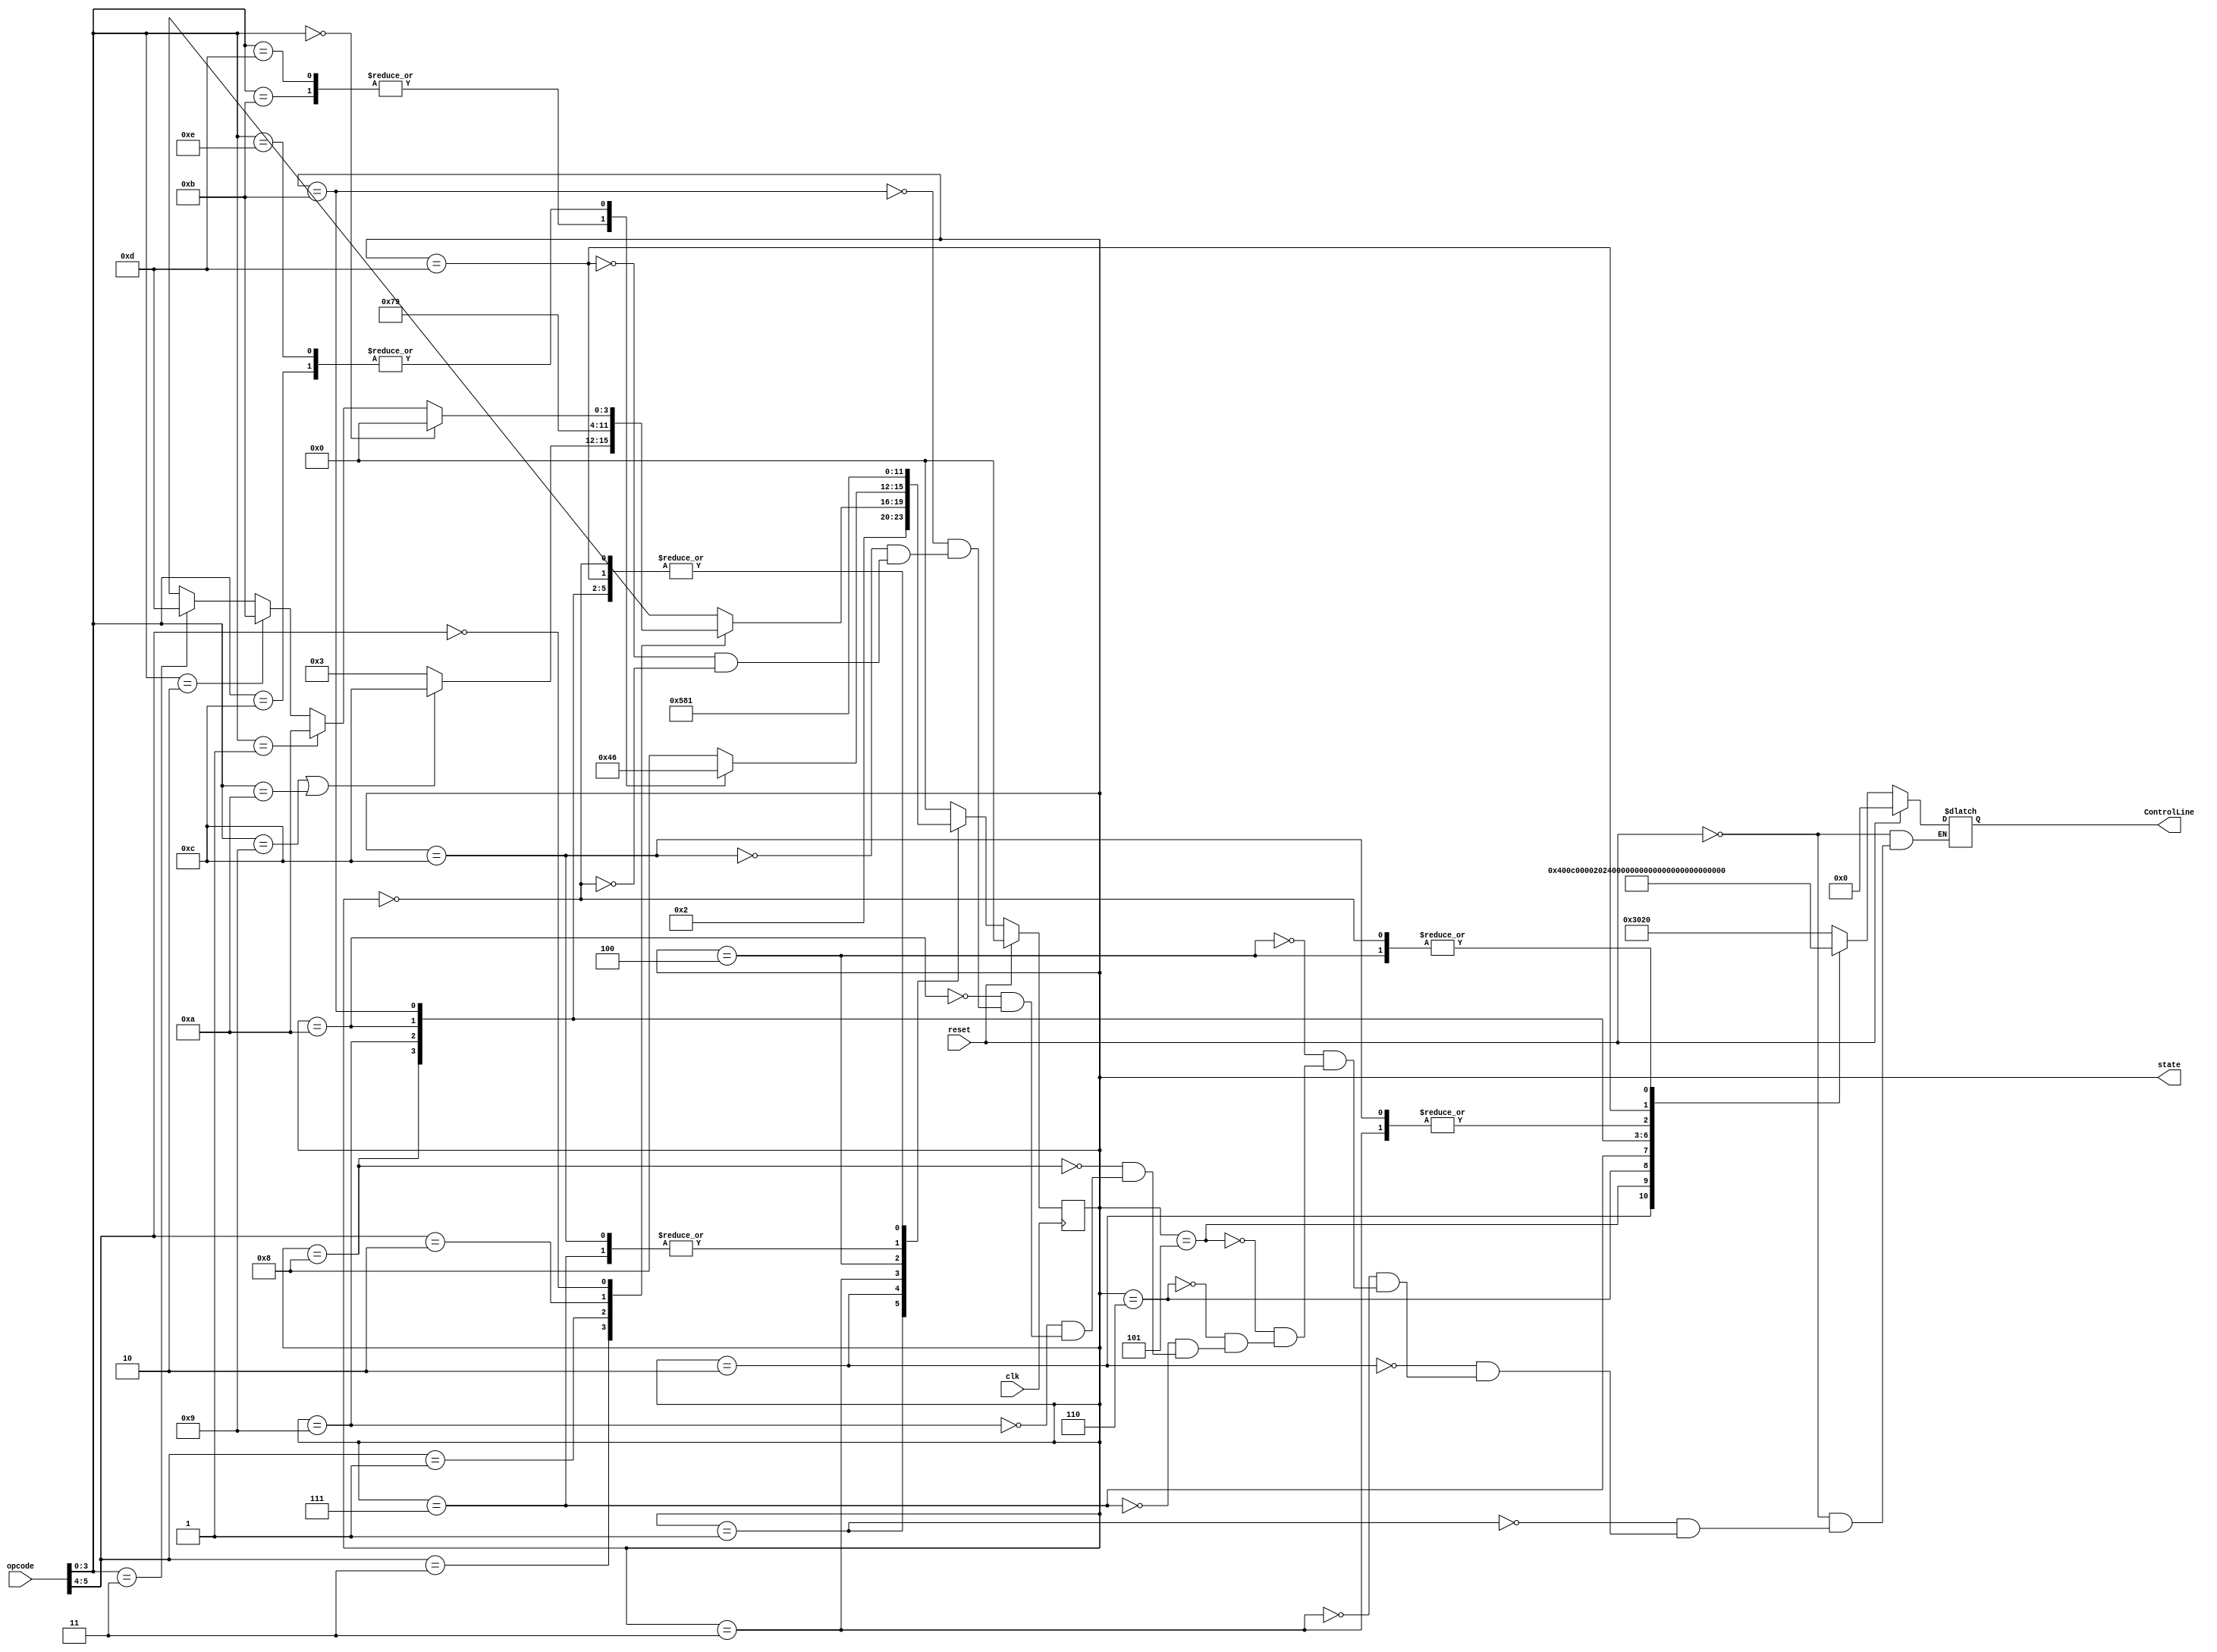
`timescale 1ns / 1ps
//////////////////////////////////////////////////////////////////////////////////
// Company: 
// Engineer: 
// 
// Design Name: 
// Module Name:    Controller 
// Project Name: 
// Target Devices: 
// Tool versions: 
// Description: 
//
// Dependencies: 
//
// Revision: 
// Revision 0.01 - File Created
// Additional Comments: 
//
//////////////////////////////////////////////////////////////////////////////////
module Controller( ControlLine,state, opcode, reset, clk);
parameter S_IDLE	=	4'b0000;
// Parameters to decribe 11 states
parameter S_1  = 		4'b0001;		// instruction fetch 
parameter S_2  = 		4'b0010;		// instruction decode
parameter S_3 	=		4'b0011;	   // memory addr. computation or Immediate calculation
parameter S_4 	= 		4'b0100;		// memory access read
parameter S_5  = 		4'b0101;		// memory read complete write back to reg
parameter S_6	= 		4'b0110;		// memory access write
parameter S_7  = 		4'b0111;		// execution
parameter S_8  = 		4'b1000;		// R-type or I-type instruction calculation complete
parameter S_9	=		4'b1001;		// branch complete
parameter S_10	=		4'b1010;		// jump complete
parameter S_11	=		4'b1011;		// jump and link complete
parameter S_12	=		4'b1100;		// LI/LUI instruction
parameter S_13 = 		4'b1101;		// Jump register


// Parameters to decribe input bit patterns
parameter I_I	=		2'b11;		// I-type opcode
parameter I_R  = 		2'b01;  	 	// R-type opcode
parameter I_B	=		2'b10; 		// BEQ opcode
parameter I_J  = 		2'b00;		// jump opcode


output reg	[13:0] 	ControlLine;
input 		[5:0] 	opcode;
input 					reset,clk;

// internal variables
output reg 		[3:0]		state;
wire		[3:0]		next_state;

// next state function
function [3:0] 	nextState_func;
input 	[3:0] 	s; 					// current state
input		[5:0] 	i;						// input

begin
case(s)
	S_1: nextState_func = S_2;
	
	S_2:
		case(i[5:4])
						I_I: if (i[3:0]=='b1001||i[3:0]=='b1010) begin nextState_func = S_12; end
								else begin nextState_func = S_3; end
						
						I_R: nextState_func = S_7;
						I_B: nextState_func = S_9;
						I_J: if (i[3:0] == 'b000) begin nextState_func = S_IDLE;end
								else if (i[3:0] =='b001) begin nextState_func = S_10; end
								else if (i[3:0] == 'b010) begin nextState_func = S_11; end
								else if (i[3:0] == 'b011) begin nextState_func = S_13; end
		endcase
	
	S_3:
		case(i[3:0])
						'b1011: nextState_func = S_4;
						'b1101: nextState_func = S_4;
						'b1100: nextState_func = S_6;
						'b1110: nextState_func = S_6;
						default: nextState_func = S_8;
		endcase
	S_4: nextState_func = S_5;
	S_5: nextState_func = S_1;
	S_6: nextState_func = S_1;
	S_7: nextState_func = S_8;
	S_8: nextState_func = S_1;
	S_9: nextState_func = S_1;
	S_10: nextState_func = S_1;
	S_11: nextState_func = S_1;
	S_12: nextState_func = S_8;
	S_13: nextState_func = S_1;
	S_IDLE: nextState_func = S_1;
	default: nextState_func = S_IDLE;
endcase
end
endfunction

assign next_state = nextState_func(state,opcode);

// output Combinational logic
always @(state or reset)
begin
	if (reset == 1'b1) begin ControlLine = 0;end
	else begin
		case(state)
				S_1: ControlLine = 'b110_0000_0100_000;
						
				S_2: ControlLine = 'b000_0000_1000_000;
								
				S_3: ControlLine = 'b000_0001_1010_000;				
				
				S_4: ControlLine = 'b000_0000_0000_000;
									
				S_5: ControlLine = 'b000_0110_0000_000;
											
				S_6: ControlLine = 'b000_0000_0000_010;			
					
				S_7: ControlLine = 'b000_0001_0010_000;					

				S_8: ControlLine = 'b000_0010_0000_000;
				
				S_9: ControlLine = 'b000_0001_0001_101;
						
				S_10: ControlLine = 'b100_0000_0000_100;
				
				S_11: ControlLine = 'b101_1010_0000_100;
				
				S_12: ControlLine = 'b000_0001_1010_000;
				
				S_13: ControlLine = 'b100_0001_1100_000;
				
				S_IDLE:  ControlLine = 0;
								
		endcase
	end
end

always @ (posedge clk)
begin
	if (reset == 1'b1) 
	begin state <= S_IDLE; end
	else begin state <= next_state; end
end

endmodule